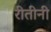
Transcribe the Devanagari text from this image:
रीतीनी